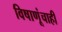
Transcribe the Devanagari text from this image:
विषाणूंचाही